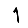
Digit: 1